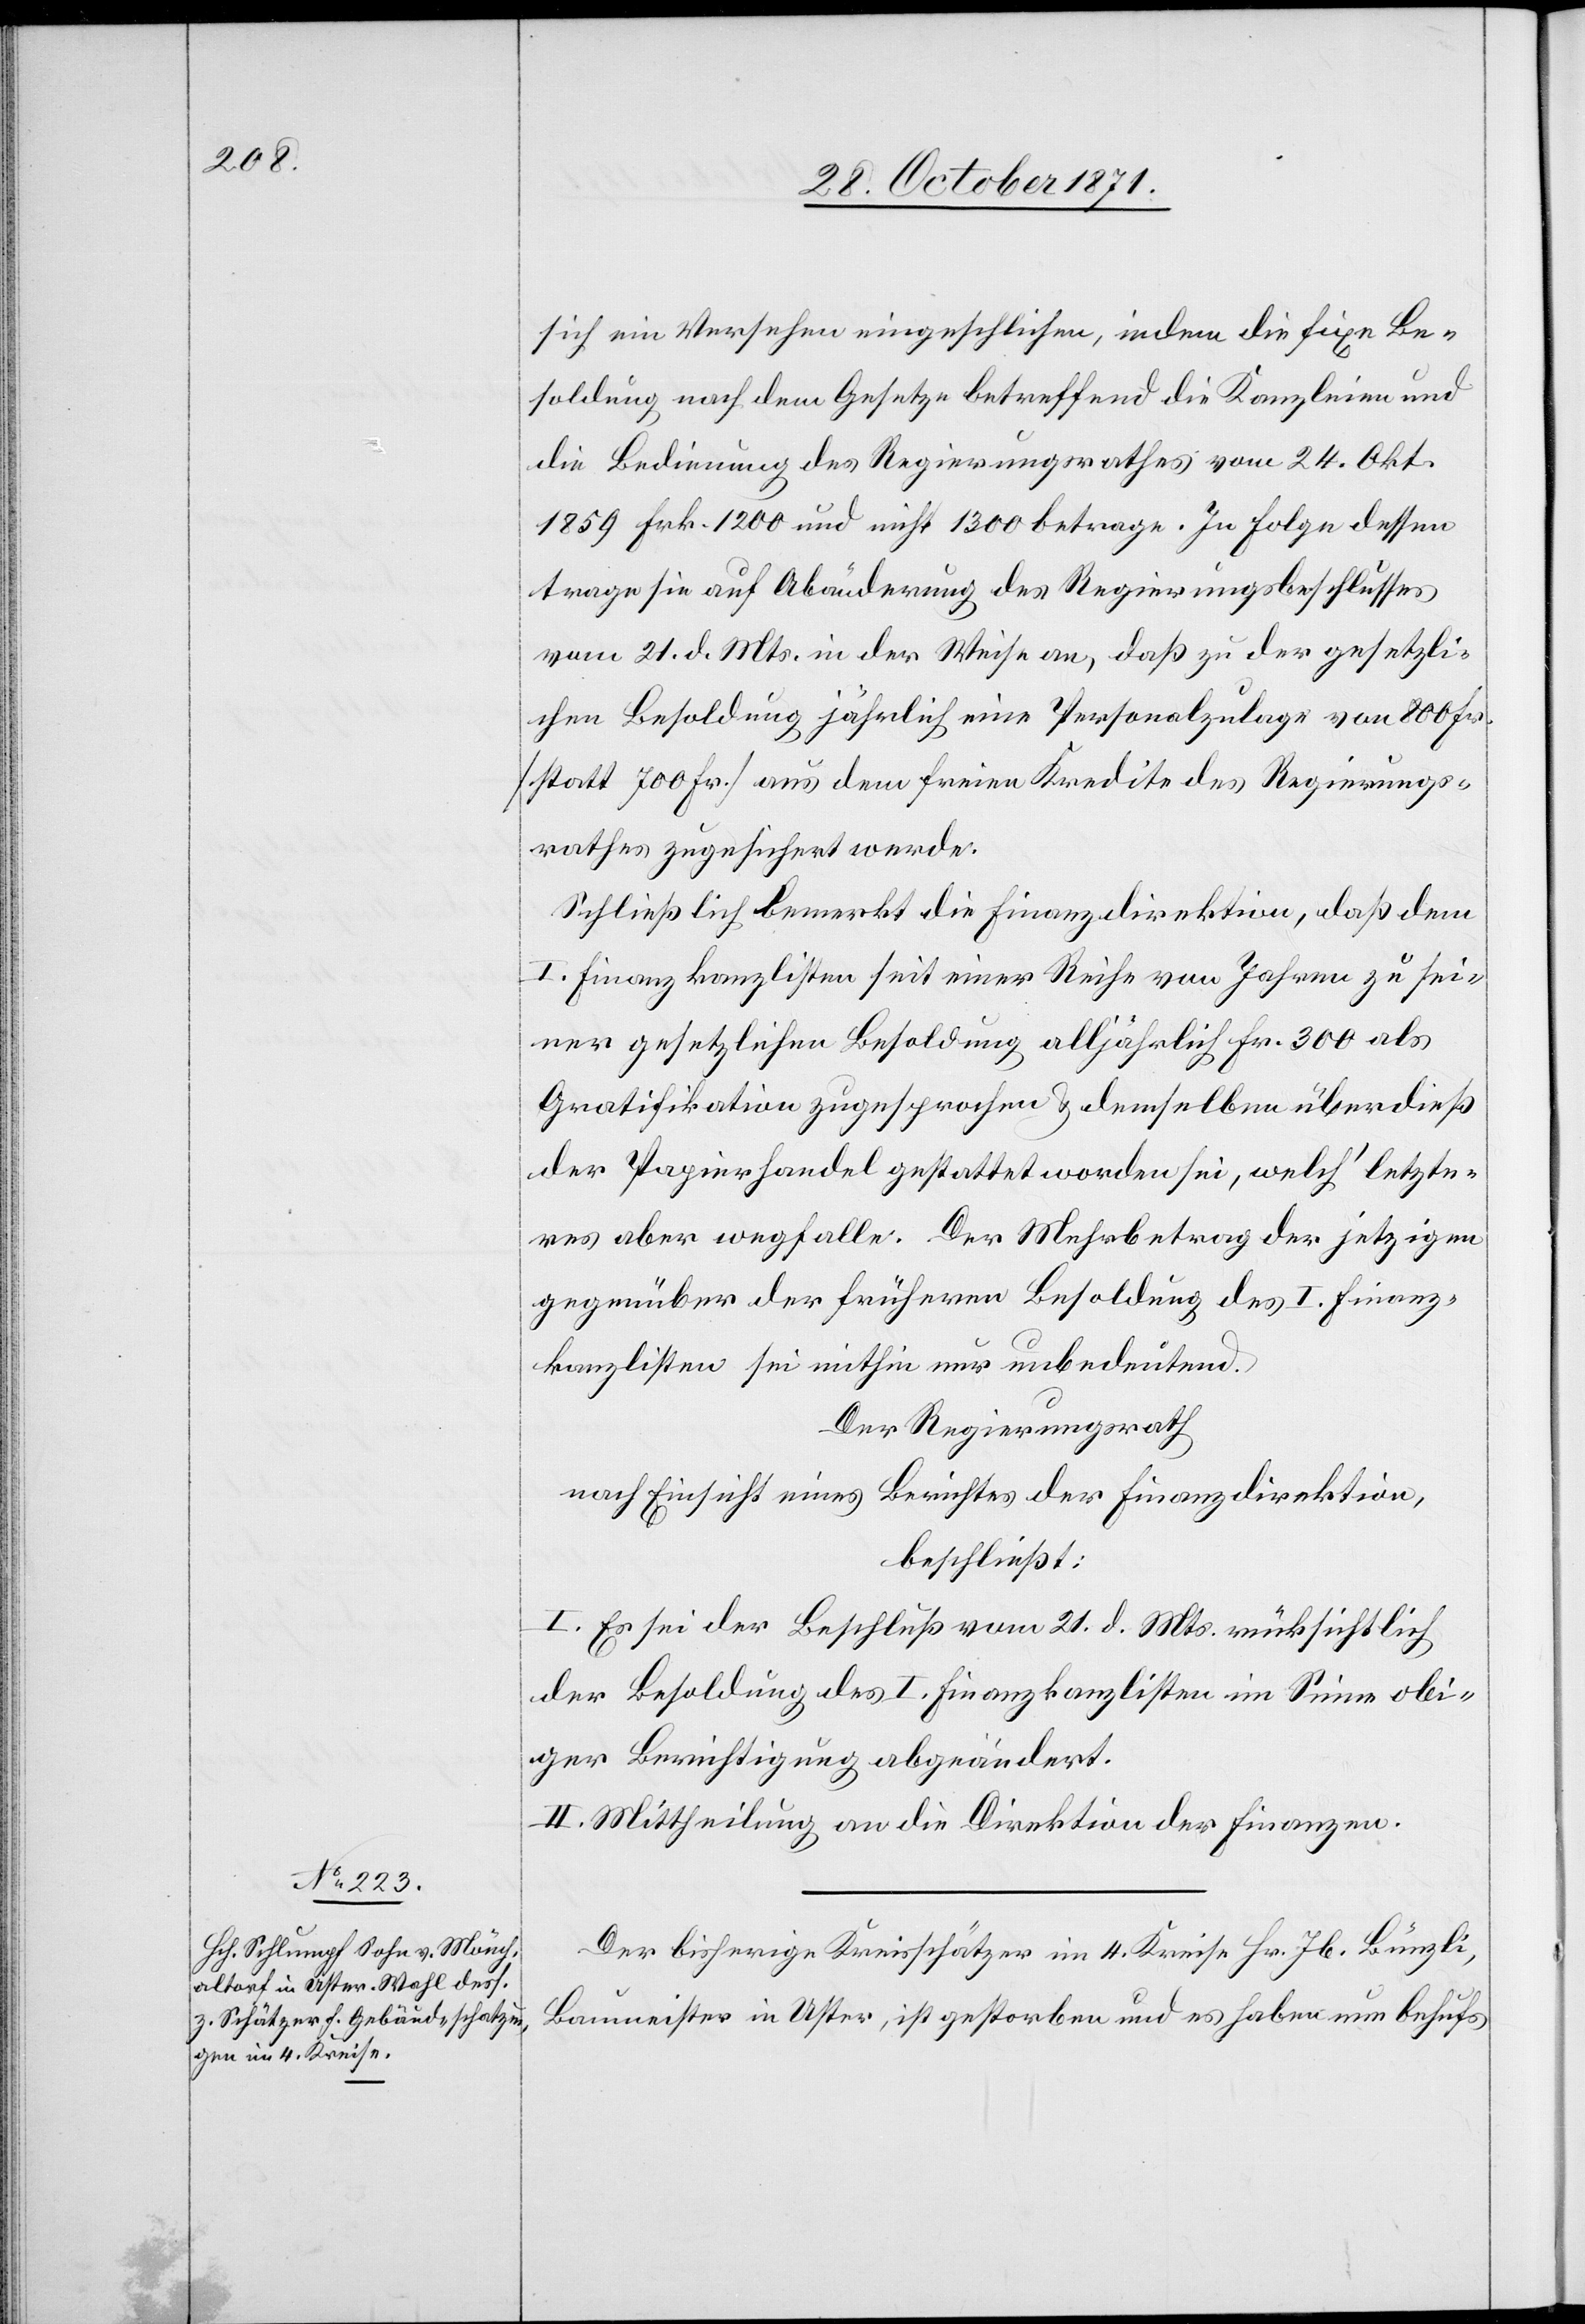
sich ein Versehen eingeschlichen, indem die fixe Be¬
soldung nach dem Gesetze betreffend die Kanzleien und
die Bedienung des Regierungsrathes vom 24. Okt.
1859 Frk. 1200 und nicht 1300 betrage. In Folge dessen
trage sie auf Abänderung des Regierungsbeschlusses
vom 21. d. Mts. in der Weise an, daß zu der gesetzli¬
chen Besoldung jährlich eine Personalzulage von 800 Fr.
[statt 700 Fr.] aus dem freien Kredite des Regierungs¬
rathes zugesichert werde.
Schließlich bemerkt die Finanzdirektion, daß dem
I. Finanzkanzlisten seit einer Reihe von Jahren zu sei¬
ner gesetzlichen Besoldung alljährlich Fr. 300 als
Gratifikation zugesprochen & demselben überdieß
der Papierhandel gestattet worden sei, welch’ letzte¬
res aber wegfalle. Der Mehrbetrag der jetzigen
gegenüber der früheren Besoldung des I. Finanz¬
kanzlisten sei mithin nur unbedeutend.
Der Regierungsrath
nach Einsicht eines Berichtes der Finanzdirektion,
beschließt:
I. Es sei der Beschluß vom 21. d. Mts. rücksichtlich
der Besoldung des I. Finanzkanzlisten im Sinne obi¬
ger Berichtigung abgeändert.
II. Mittheilung an die Direktion der Finanzen.
Der bisherige Kreisschätzer im 4. Kreise Hr. Jb. Bünzli,
Baumeister in Uster, ist gestorben und es haben nun behufs